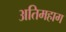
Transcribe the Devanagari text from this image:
अतिमहाग